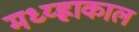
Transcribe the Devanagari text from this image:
मध्य्ह्राकाल